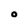
Character: O